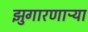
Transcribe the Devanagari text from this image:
झुगारणाऱ्या